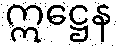
ဣဋ္ဌေန